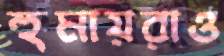
হুমায়রাও